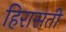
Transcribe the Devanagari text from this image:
हिरासती